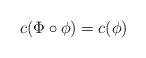
\begin{align*}c(\Phi \circ \phi) = c(\phi)\end{align*}